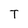
Character: T